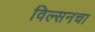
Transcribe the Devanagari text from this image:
विल्सनचा